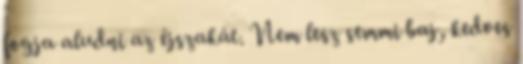
fogja aludni az éjszakát. Nem lesz semmi baj, kedves